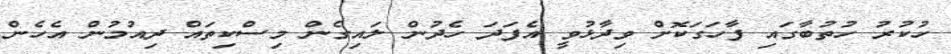
ހުކުރު ހުތުބާގައި ފާހަގަކޮށް ވިދާޅުވީ އެފަދަ ހެދުން ލައިގެން މިސްކިތައް ދިއުމުން އެހެން